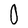
Character: O